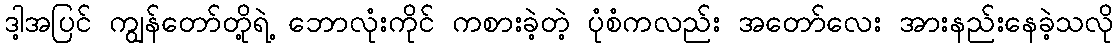
ဒါ့အပြင် ကျွန်တော်တို့ရဲ့ ဘောလုံးကိုင် ကစားခဲ့တဲ့ ပုံစံကလည်း အတော်လေး အားနည်းနေခဲ့သလို